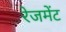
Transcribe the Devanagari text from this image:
रेजमेंट